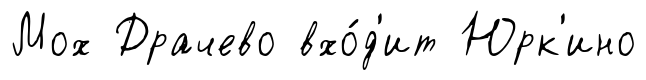
Мох Драчево вхо́д'ит Юрк'ино